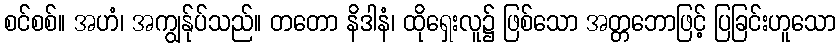
စင်စစ်။ အဟံ၊ အကျွန်ုပ်သည်။ တတော နိဒါနံ၊ ထိုရှေးလူ၌ ဖြစ်သော အတ္တဘောဖြင့် ပြခြင်းဟူသော